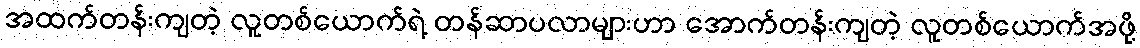
အထက်တန်းကျတဲ့ လူတစ်ယောက်ရဲ့ တန်ဆာပလာများဟာ အောက်တန်းကျတဲ့ လူတစ်ယောက်အဖို့